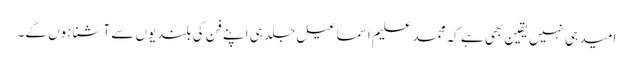
امید ہی نہیں یقین بھی ہے کہ محمد علیم اسماعیل جلد ہی اپنے فن کی بلندیوں سے آشنا ہوں گے۔